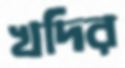
খদির